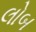
લોબ